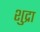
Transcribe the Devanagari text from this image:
शुद्रा